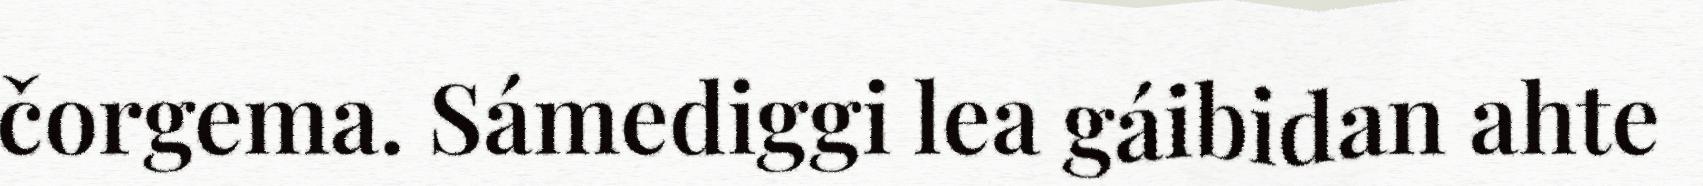
čorgema. Sámediggi lea gáibidan ahte